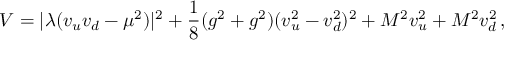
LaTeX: V = | \lambda ( v _ { u } v _ { d } - \mu ^ { 2 } ) | ^ { 2 } + \frac { 1 } { 8 } ( g ^ { 2 } + g ^ { 2 } ) ( v _ { u } ^ { 2 } - v _ { d } ^ { 2 } ) ^ { 2 } + M ^ { 2 } v _ { u } ^ { 2 } + M ^ { 2 } v _ { d } ^ { 2 } \, ,